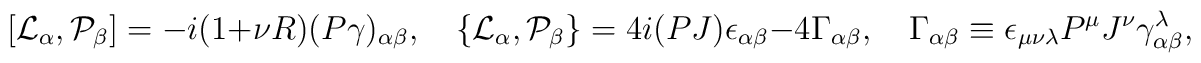
[{\cal L}_\alpha,{\cal P}_\beta]=-i(1+\nu R)(P\gamma)_{\alpha\beta},\quad\{{\cal L}_\alpha,{\cal P}_\beta\}=4i(PJ)\epsilon_{\alpha\beta}-4\Gamma_{\alpha\beta},\quad\Gamma_{\alpha\beta}\equiv\epsilon_{\mu\nu\lambda}P^\mu J^\nu \gamma^\lambda_{\alpha\beta},